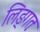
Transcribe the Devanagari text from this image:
लिङ्गतः